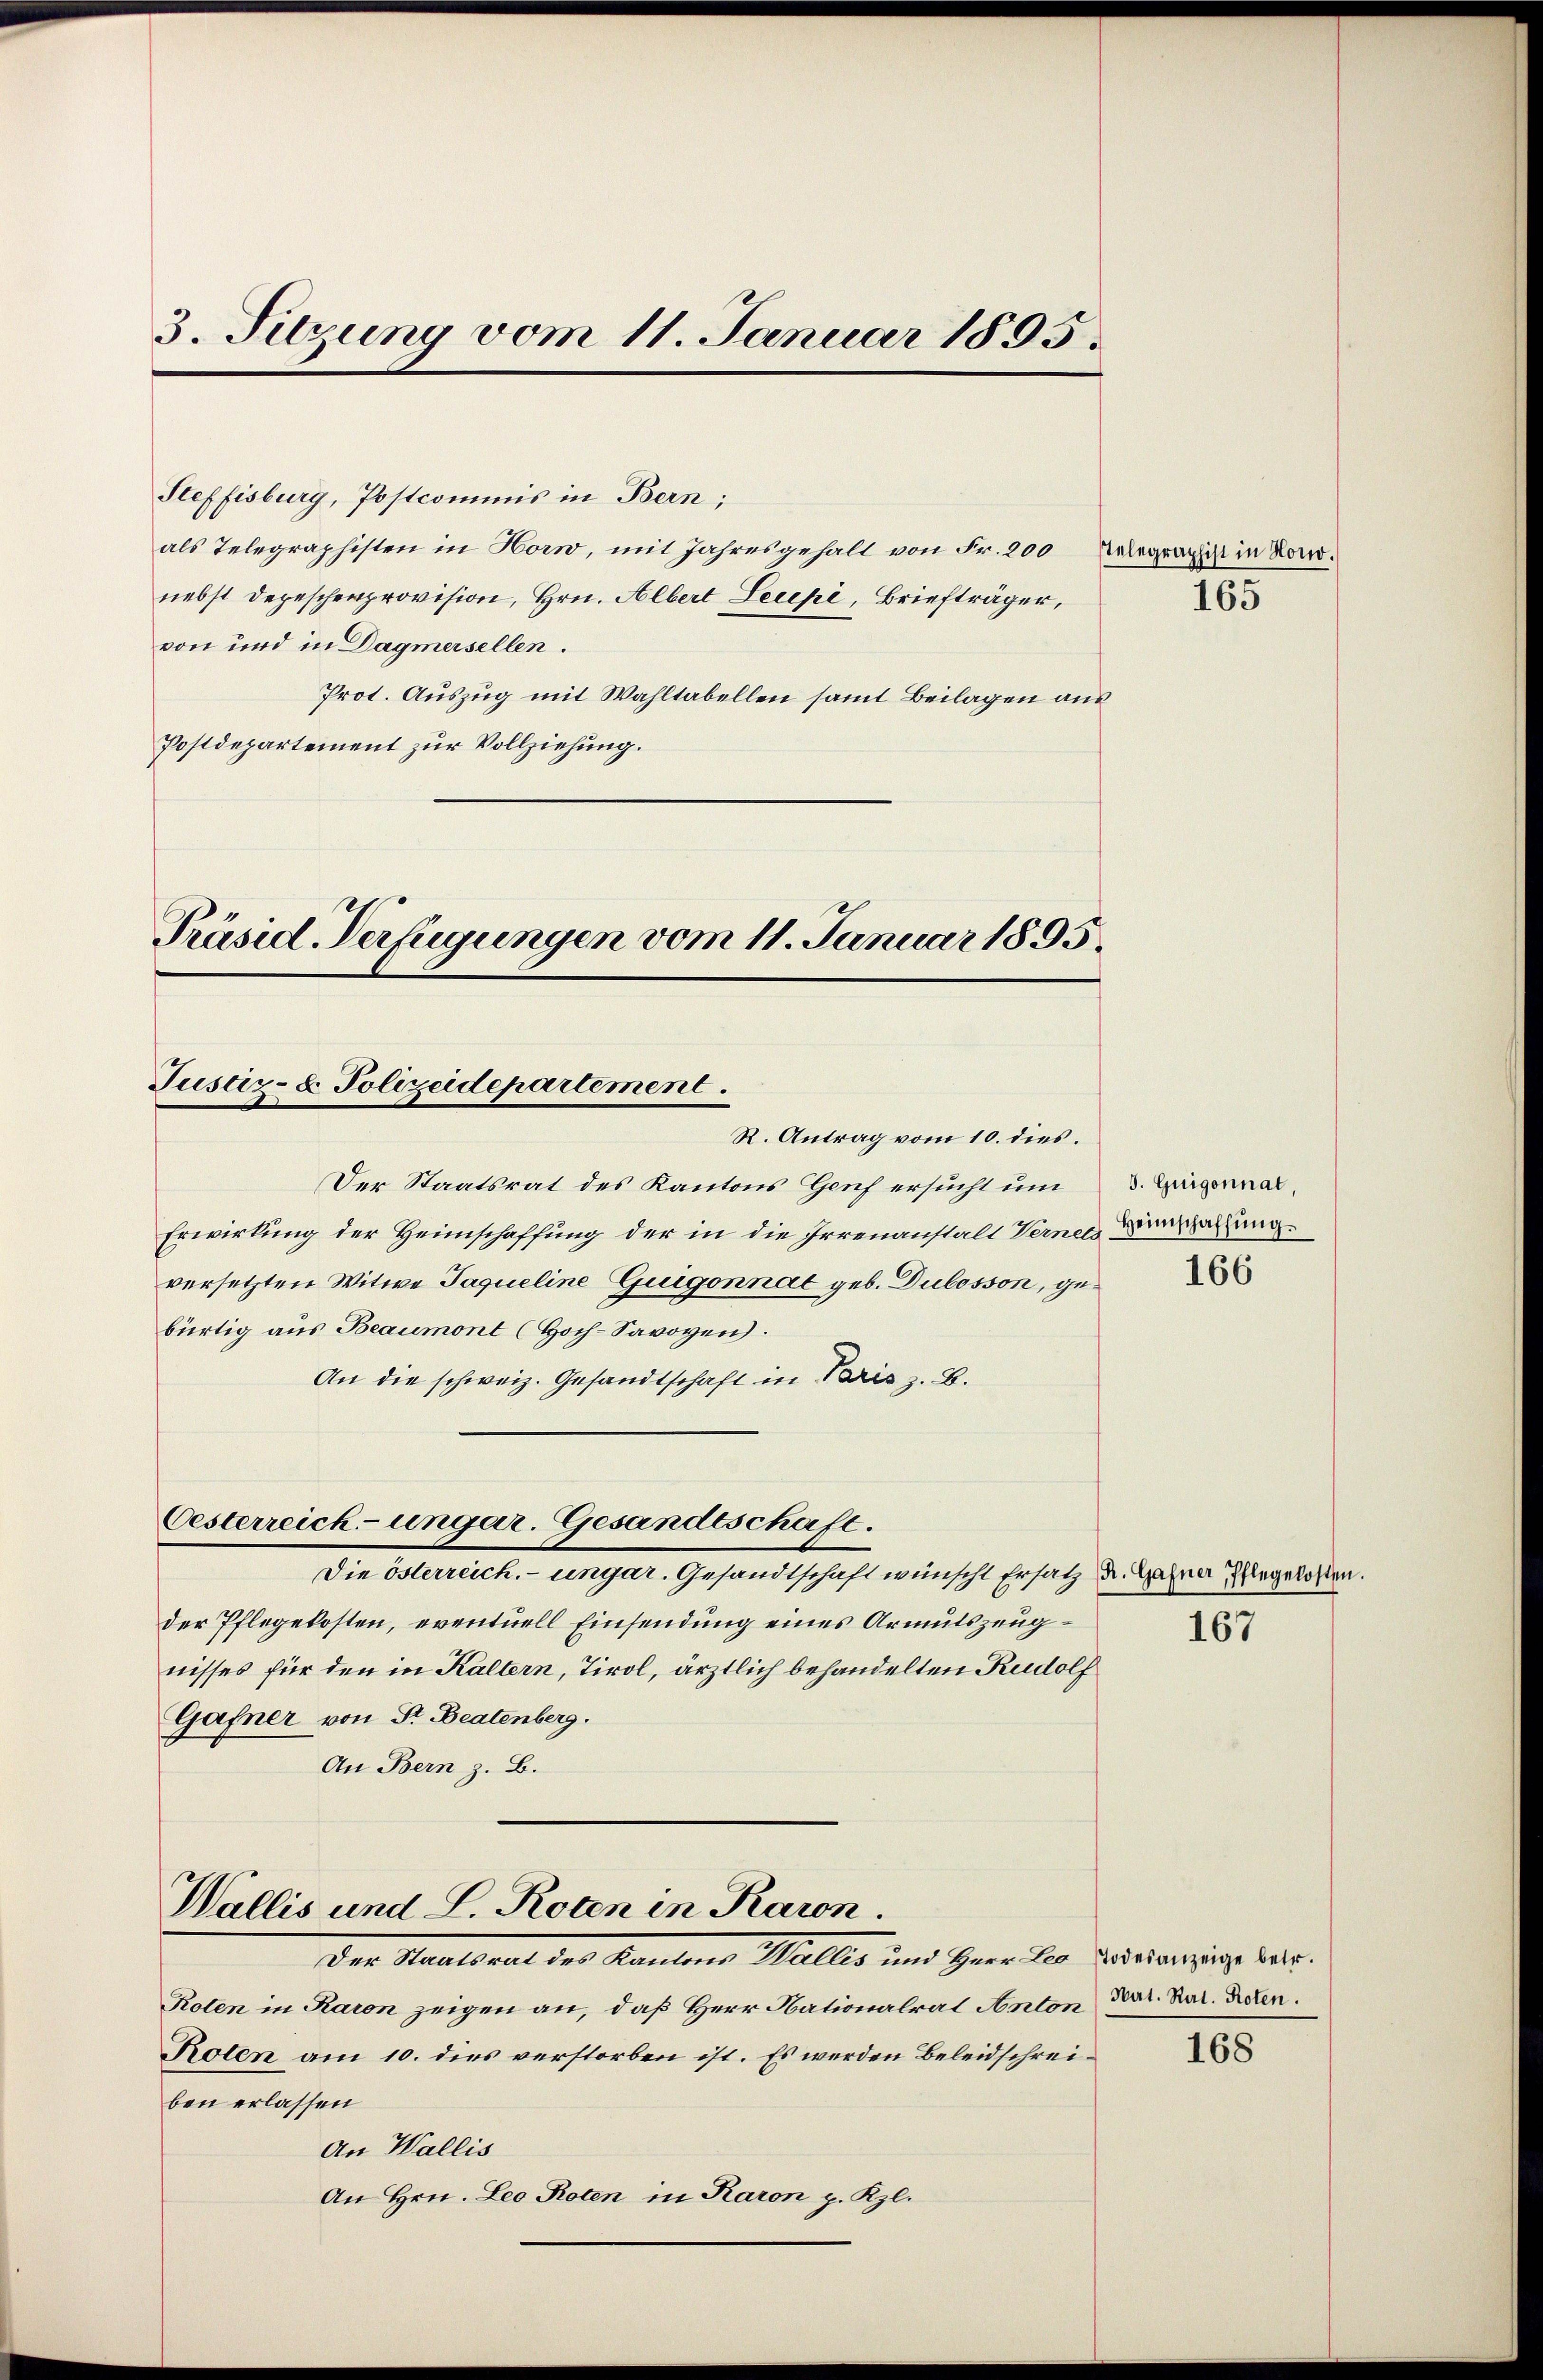
3. Sitzung vom 11. Januar 1895.

Steffisburg, Postcommis in Bern;
als Telegraphisten in Horw, mit Jahresgehalt von Fr. 200 begraphist in Vornebst Depeschenprovision, Hrn. Albert Lecepi, Briefträger,
von und in Dagmersellen.
Prot. Auszug mit Wahltabellen samt Beilagen aus
Postdepartement zur Vollziehung.

Präsid. Verfügungen vom 11. Januar 1895.
Justiz- & Polizeidepartement.
R. Antrag vom 10. dies.

Der Staatsrat des Kantons Genf ersucht um
Erwirkung der Heimschaffung der in die Irrenanstalt Verner Beratung
versetzten Witwe Jaqueline Guigonnat geb. Dubosson, gebürtig aus Beaumont (Hoch-Savoyen.
An die schweiz. Gesandtschaft in Paris z. B.
Oesterreich-ungar. Gesandtschaft.
Die Alterlichen, weniger Gesandtschaft wünscht gehalt der ersten Marierten.
der Pflegekosten, eventuell Einsendung eines Armutszeugnisses für den in Kaltern, Tirol, ärztlich behandelten Rudolf
Gafner von Sr. Beatenberg.
An Bern z. B.

Wallis und L. Roten in Raron.
Der Staatsaal des Kantons Maller und Gener der Beitraurig betr.

165

Roten in Raron zeigen an, daß Herr Nationalrat Anton, Bar. Rat. Peten.
Roten am 10. dies verstorben ist. Es werden Beleidschreiben erlassen
An Wallis
An Hrn. Leo Roten in Raron p. Kzl.

3. Guigonnat,

166

167

168